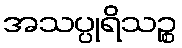
အသပ္ပုရိသဉ္စ